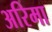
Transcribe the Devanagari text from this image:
अरिमा